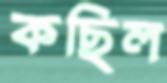
কছিল